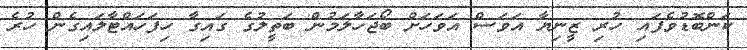
ކަންބޮޑުވެފައި ހުރި ޒީނިޔާ އަވަސް އަވަހަށް ބޯޖަހާލަމުން ބަތީލުގެ ގައިގާ ހިފަހައްޓާލައިގެން ހުރެ